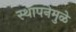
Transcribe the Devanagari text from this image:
स्थापनेमुळे